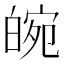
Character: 𤾂